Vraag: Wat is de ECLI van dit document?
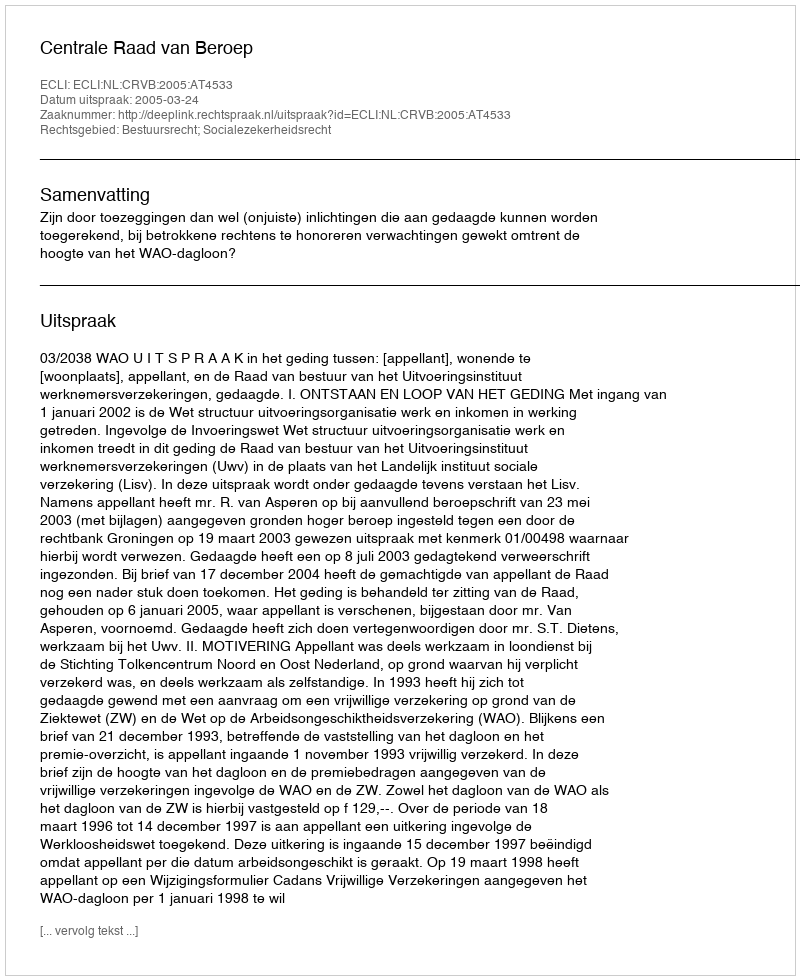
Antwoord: ECLI:NL:CRVB:2005:AT4533